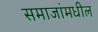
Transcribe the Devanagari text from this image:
समाजांमधील